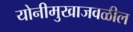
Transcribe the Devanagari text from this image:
योनीमुखाजवळील